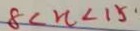
8 < n < 1 5 \cdot